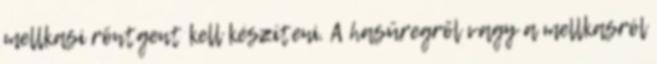
mellkasi röntgent kell készíteni. A hasüregről vagy a mellkasról